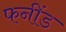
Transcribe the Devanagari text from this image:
फनींड